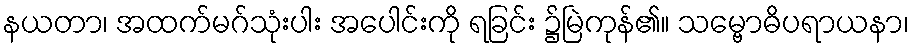
နယတာ၊ အထက်မဂ်သုံးပါး အပေါင်းကို ရခြင်း ၌မြဲကုန်၏။ သမ္ဗောဓိပရာယနာ၊